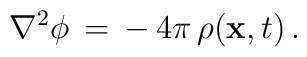
\nabla^{2} \phi\, =\, -\, 4 \pi\, \rho ({\bf x}, t)\, .